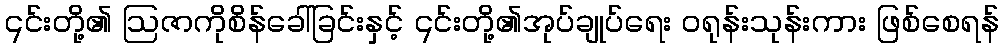
၎င်းတို့၏ ဩဇာကိုစိန်ခေါ်ခြင်းနှင့် ၎င်းတို့၏အုပ်ချုပ်ရေး ဝရုန်းသုန်းကား ဖြစ်စေရန်